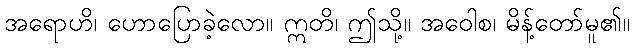
အရောဟိ၊ ဟောပြောခဲ့လော။ ဣတိ၊ ဤသို့။ အဝေါစ၊ မိန့်တော်မူ၏။